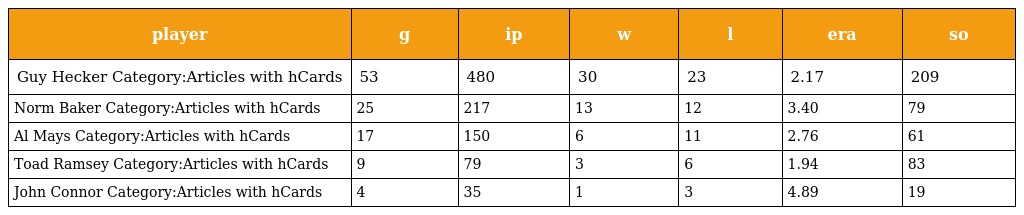
| player | g | ip | w | l | era | so |
 | --- | --- | --- | --- | --- | --- | --- |
 | Guy Hecker Category:Articles with hCards | 53 | 480 | 30 | 23 | 2.17 | 209 |
 | Norm Baker Category:Articles with hCards | 25 | 217 | 13 | 12 | 3.40 | 79 |
 | Al Mays Category:Articles with hCards | 17 | 150 | 6 | 11 | 2.76 | 61 |
 | Toad Ramsey Category:Articles with hCards | 9 | 79 | 3 | 6 | 1.94 | 83 |
 | John Connor Category:Articles with hCards | 4 | 35 | 1 | 3 | 4.89 | 19 |